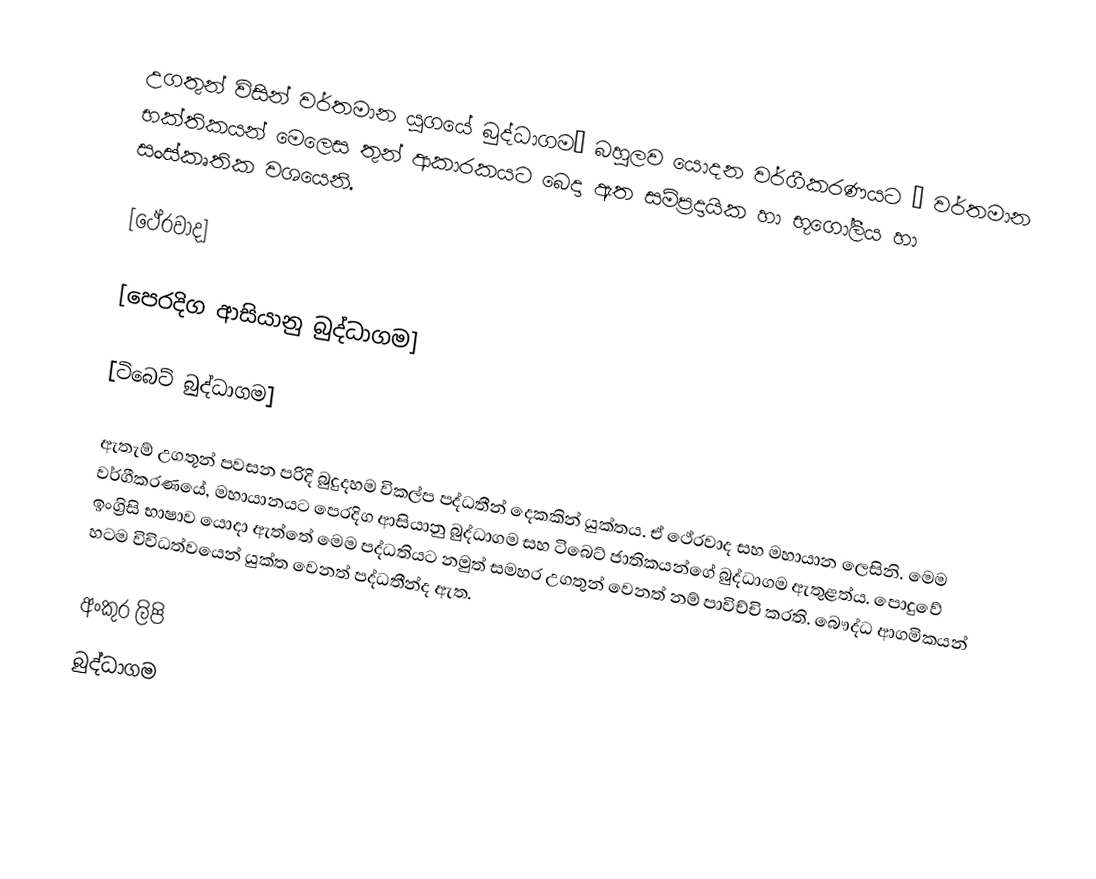
උගතුන් විසින් වර්තමාන යුගයේ බුද්ධාගම‚ බහුලව යොදන වර්ගීකරණයට ‚ වර්තමාන භක්තිකයන් මෙලෙස තුන් ආකාරකයට බෙදා ඇත සම්ප්‍රදායික හා භූගෝලීය හා සංස්කෘතික වශයෙනි.

  [ථේරවාද]

  [පෙරදිග ආසියානු බුද්ධාගම]

  [ටිබෙට් බුද්ධාගම]

ඇතැම් උගතූන් පවසන පරිදි බුදුදහම විකල්ප පද්ධතීන් දෙකකින් යුක්තය. ඒ ථේරවාද සහ මහායාන ලෙසිනි. මෙම වර්ගීකරණයේ, මහායානයට පෙරදිග ආසියානු බුද්ධාගම සහ ටිබෙට් ජාතිකයන්ගේ බුද්ධාගම ඇතුළත්ය. පොදුවේ ඉංග්‍රිසි භාෂාව යොදා ඇත්තේ මෙම පද්ධතියට නමුත් සමහර උගතුන් වෙනත් නම් පාවිච්චි කරති. බෞද්ධ ආගමිකයන් හටම විවිධත්වයෙන් යුක්ත වෙනත් පද්ධතීන්ද ඇත.

අංකුර ලිපි
බුද්ධාගම